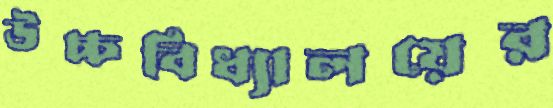
উচ্চবিধ্যালয়ের